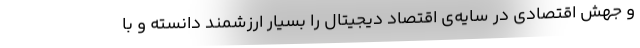
و جهش اقتصادی در سایه‌ی اقتصاد دیجیتال را بسیار ارزشمند دانسته و با